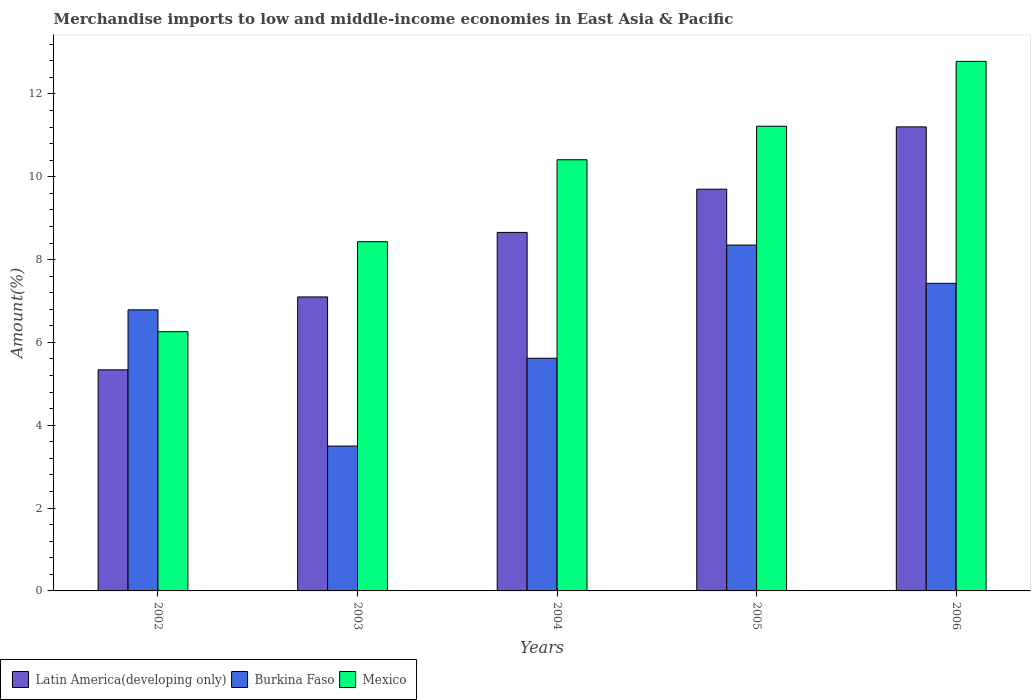
| Years | Latin America(developing only) | Burkina Faso | Mexico |
 | --- | --- | --- | --- |
 | 2002 | 5.34 | 6.79 | 6.26 |
 | 2003 | 7.1 | 3.5 | 8.43 |
 | 2004 | 8.66 | 5.62 | 10.4 |
 | 2005 | 9.7 | 8.35 | 11.2 |
 | 2006 | 11.2 | 7.43 | 12.8 |